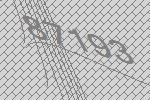
87193